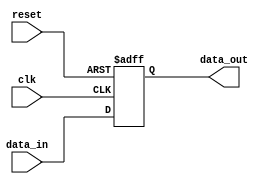
module high_speed_buffer (
    input wire clk,
    input wire reset,
    input wire data_in,
    output reg data_out
);

reg buffer_ff;

always @(posedge clk or posedge reset)
begin
    if (reset)
        buffer_ff <= 1'b0;
    else begin
        buffer_ff <= data_in;
    end
end

assign data_out = buffer_ff;

endmodule